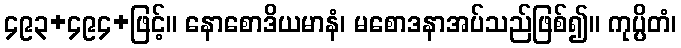
၄၉၃+၄၉၄+ဖြင့်။ နောစောဒိယမာနံ၊ မစောဒနာအပ်သည်ဖြစ်၍။ ကုပ္ပိတံ၊